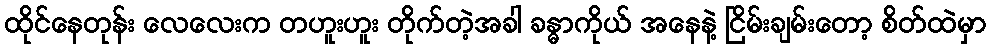
ထိုင်နေတုန်း လေလေးက တဟူးဟူး တိုက်တဲ့အခါ ခန္ဓာကိုယ် အနေနဲ့ ငြိမ်းချမ်းတော့ စိတ်ထဲမှာ